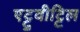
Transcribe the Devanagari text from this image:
एट्टुवीट्टिल